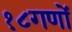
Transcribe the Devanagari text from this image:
१८गणों